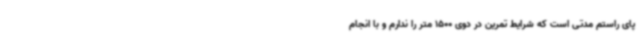
پای راستم مدتی است که شرایط تمرین در دوی 1500 متر را ندارم و با انجام